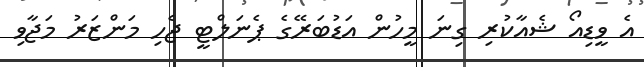
އެ ވީޑިއޯ ޝެއާކުރި ގިނަ މީހުން އަޑުބަރޭގެ ޕެނަލްޓީ ޖެހި މަންޒަރު މަޖާވި